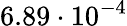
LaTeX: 6.89\cdot 10^{-4}